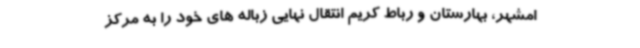
امشهر، بهارستان و رباط کریم انتقال نهایی زباله های خود را به مرکز